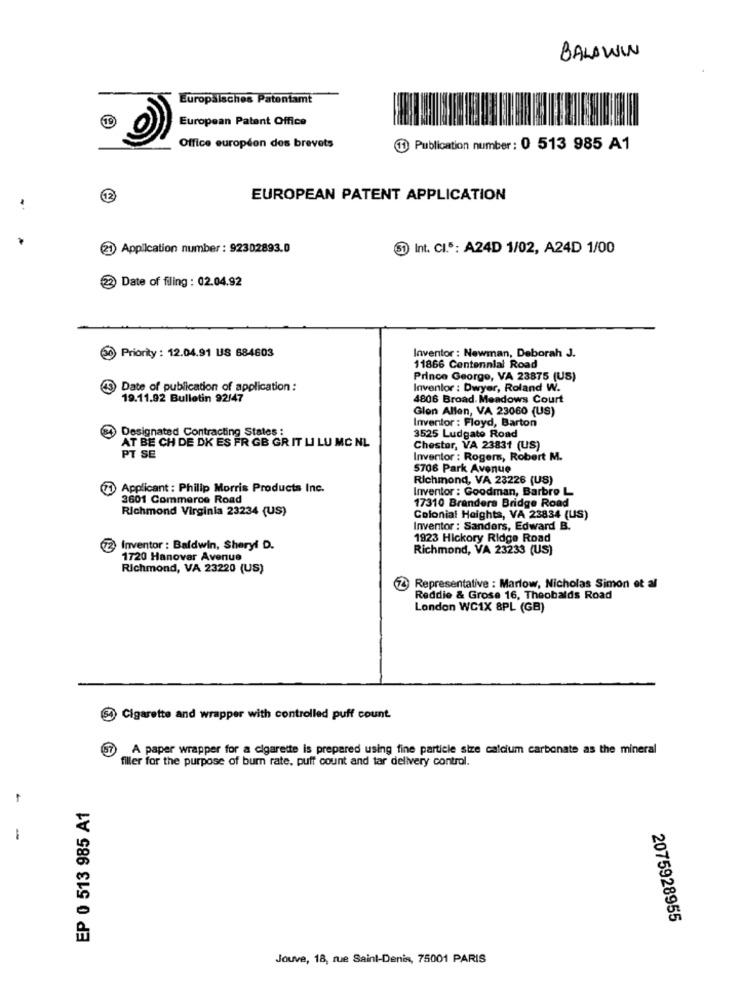
BALDWIN
Europäisches Patentamt
19
European Patent Office
Office européon des brevets
1) Publication number: 0 513 985 A1
12
EUROPEAN PATENT APPLICATION
21 Application number : 92302893.0
(31
Int. CI.5: A24D 1/02, A24D 1/00
23 Date of filing : 02.04.92
50
Priority : 12.04.91 US 684603
Inventor : Newman, Deborah J.
11866 Centennial Road
Prince George, VA 23875 (US)
Date of publication of application :
Inventor : Dwyer, Roland W.
19.11.92 Bulletin 92/47
4806 Broad. Meadows Court
Glen Allen, VA 23060 (US)
Inventor : Floyd, Barton
Designated Contracting States :
AT BE CH DE DK ES FR GB GR IT LI LU MC NL
3525 Ludgate Road
Chester, VA 23831 (US)
PT SE
Inventor : Rogers, Robert M.
5708 Park Avenue
Richmond, VA 23226 (US)
(7) Applicant : Philip Morris Products Inc.
Inventor : Goodman, Barbro L
3601 Commerce Road
Richmond Virginia 23234 (US)
17310 Brandera Bridge Road
Colonial Heights, VA 23834 (US)
Inventor : Sanders, Edward B.
1923 Hickory Ridge Road
Inventor : Baldwin, Sheryl D.
Richmond, VA 23233 (US)
1720 Hanover Avenue
Richmond, VA 23220 (US)
Z Representative : Marlow, Nicholas Simon et al
Reddie & Grose 16, Theobalds Road
London WC1X 8PL (GB)
(1) Cigarette and wrapper with controlled puff count
A paper wrapper for a cigarette is prepared using fine particle size calcium carbonate as the mineral
filler for the purpose of bur rate, puff count and tar delivery control.
EP 0 513 985 A1
2075928955
Jouve, 18, rue Saint-Denis, 75001 PARIS